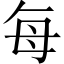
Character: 每